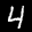
Label: 4